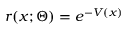
r ( x ; \Theta ) = e ^ { - V ( x ) }